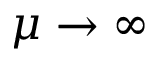
\mu \rightarrow \infty